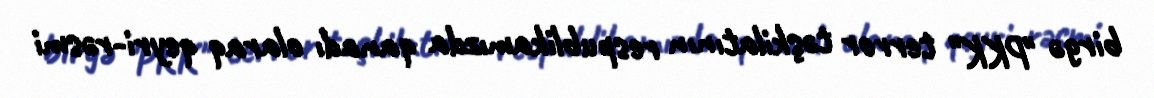
birgə "PKK" terror təşkilatının respublikamızda qanadı olaraq qeyri-rəsmi